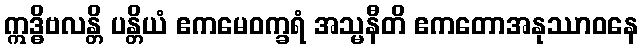
ဣဒ္ဓိဗလန္တိ ပန္တိယံ ဧကမေဝက္ခရံ အသ္မနီတိ ဧကတောအနုဿာဝနေ